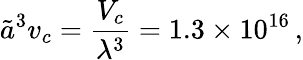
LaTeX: \tilde{a}^{3}v_{c}=\frac{V_{c}}{\lambda^{3}}=1.3\times 10^{16}\, ,